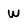
Character: W